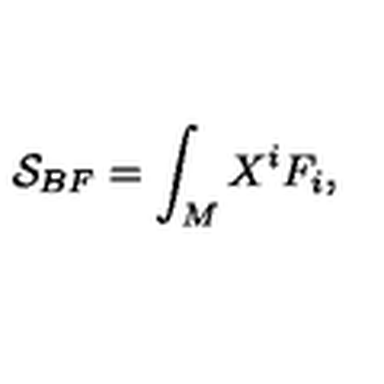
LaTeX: \mathcal { S } _ { B F } = \int _ { M } X ^ { i } F _ { i } ,